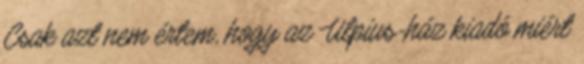
Csak azt nem értem, hogy az Ulpius-ház kiadó miért